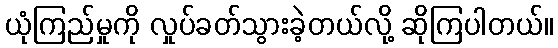
ယုံကြည်မှုကို လှုပ်ခတ်သွားခဲ့တယ်လို့ ဆိုကြပါတယ်။